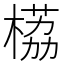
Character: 𬃹